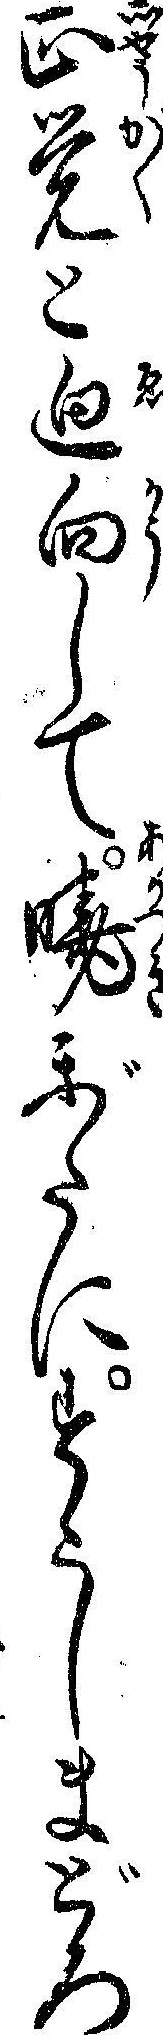
正覚と廻向して暁がたにすこしまどろ